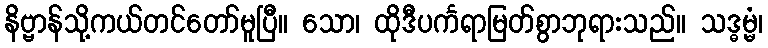
နိဗ္ဗာန်သို့ကယ်တင်တော်မူပြီ။ သော၊ ထိုဒီပင်္ကရာမြတ်စွာဘုရားသည်။ သဒ္ဓမ္မံ၊